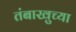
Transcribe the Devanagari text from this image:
तंबाखुच्या